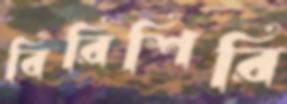
বিরিশিরি